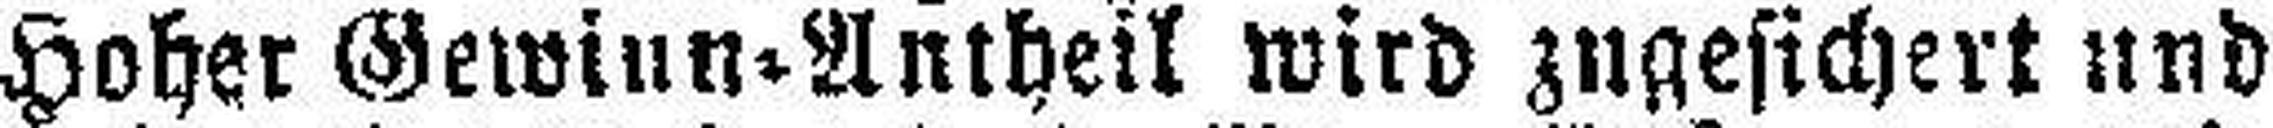
Hoher Gewinn-Antheil wird zugesichert und